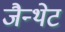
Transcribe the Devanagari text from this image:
जैन्थेट